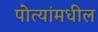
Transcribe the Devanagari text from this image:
पोत्यांमधील